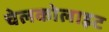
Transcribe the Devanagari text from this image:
चेलकोलाइट